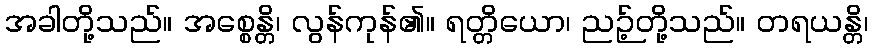
အခါတို့သည်။ အစ္စေန္တိ၊ လွန်ကုန်၏။ ရတ္တိယော၊ ညဉ့်တို့သည်။ တရယန္တိ၊